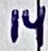
Text: 14